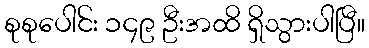
စုစုပေါင်း ၁၄၉ ဦးအထိ ရှိသွားပါပြီ။